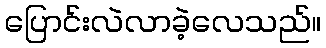
ပြောင်းလဲလာခဲ့လေသည်။